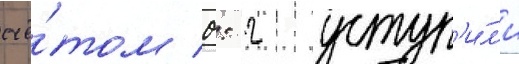
счё́том 0: 2 уступ'и́л'и